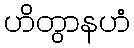
ဟိတွာနဟံ